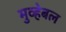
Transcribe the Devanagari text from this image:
मुव्हेबल